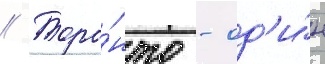
// Торо́нто - од'и́н